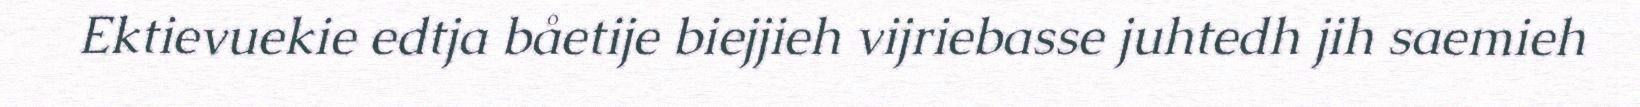
Ektievuekie edtja båetije biejjieh vijriebasse juhtedh jih saemieh